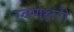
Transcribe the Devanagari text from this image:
स्वर्णक्षरी